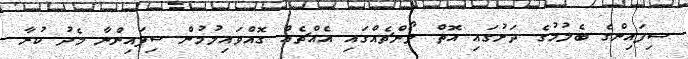
ސިފައިންގެ ބެލުމުގެ ދަށުގައި އޮތް ލޯންޗެއްގައި އެއްޗެއް ގޮއްވައިލުމުން ސިފައިންނާ މެދު ކުރާ